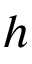
h